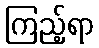
ကြည့်ရာ